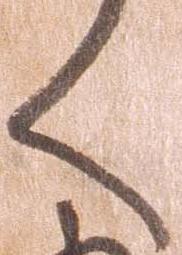
く